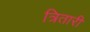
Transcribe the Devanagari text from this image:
त्रितारी